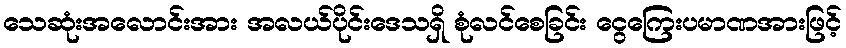
သေဆုံးအလောင်းအား အလယ်ပိုင်းဒေသရှိ စုံလင်စေခြင်း ငွေကြေးပမာဏအားဖြင့်